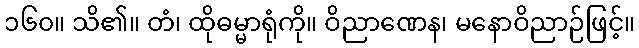
၁၆၀။ သိ၏။ တံ၊ ထိုဓမ္မာရုံကို။ ဝိညာဏေန၊ မနောဝိညာဉ်ဖြင့်။